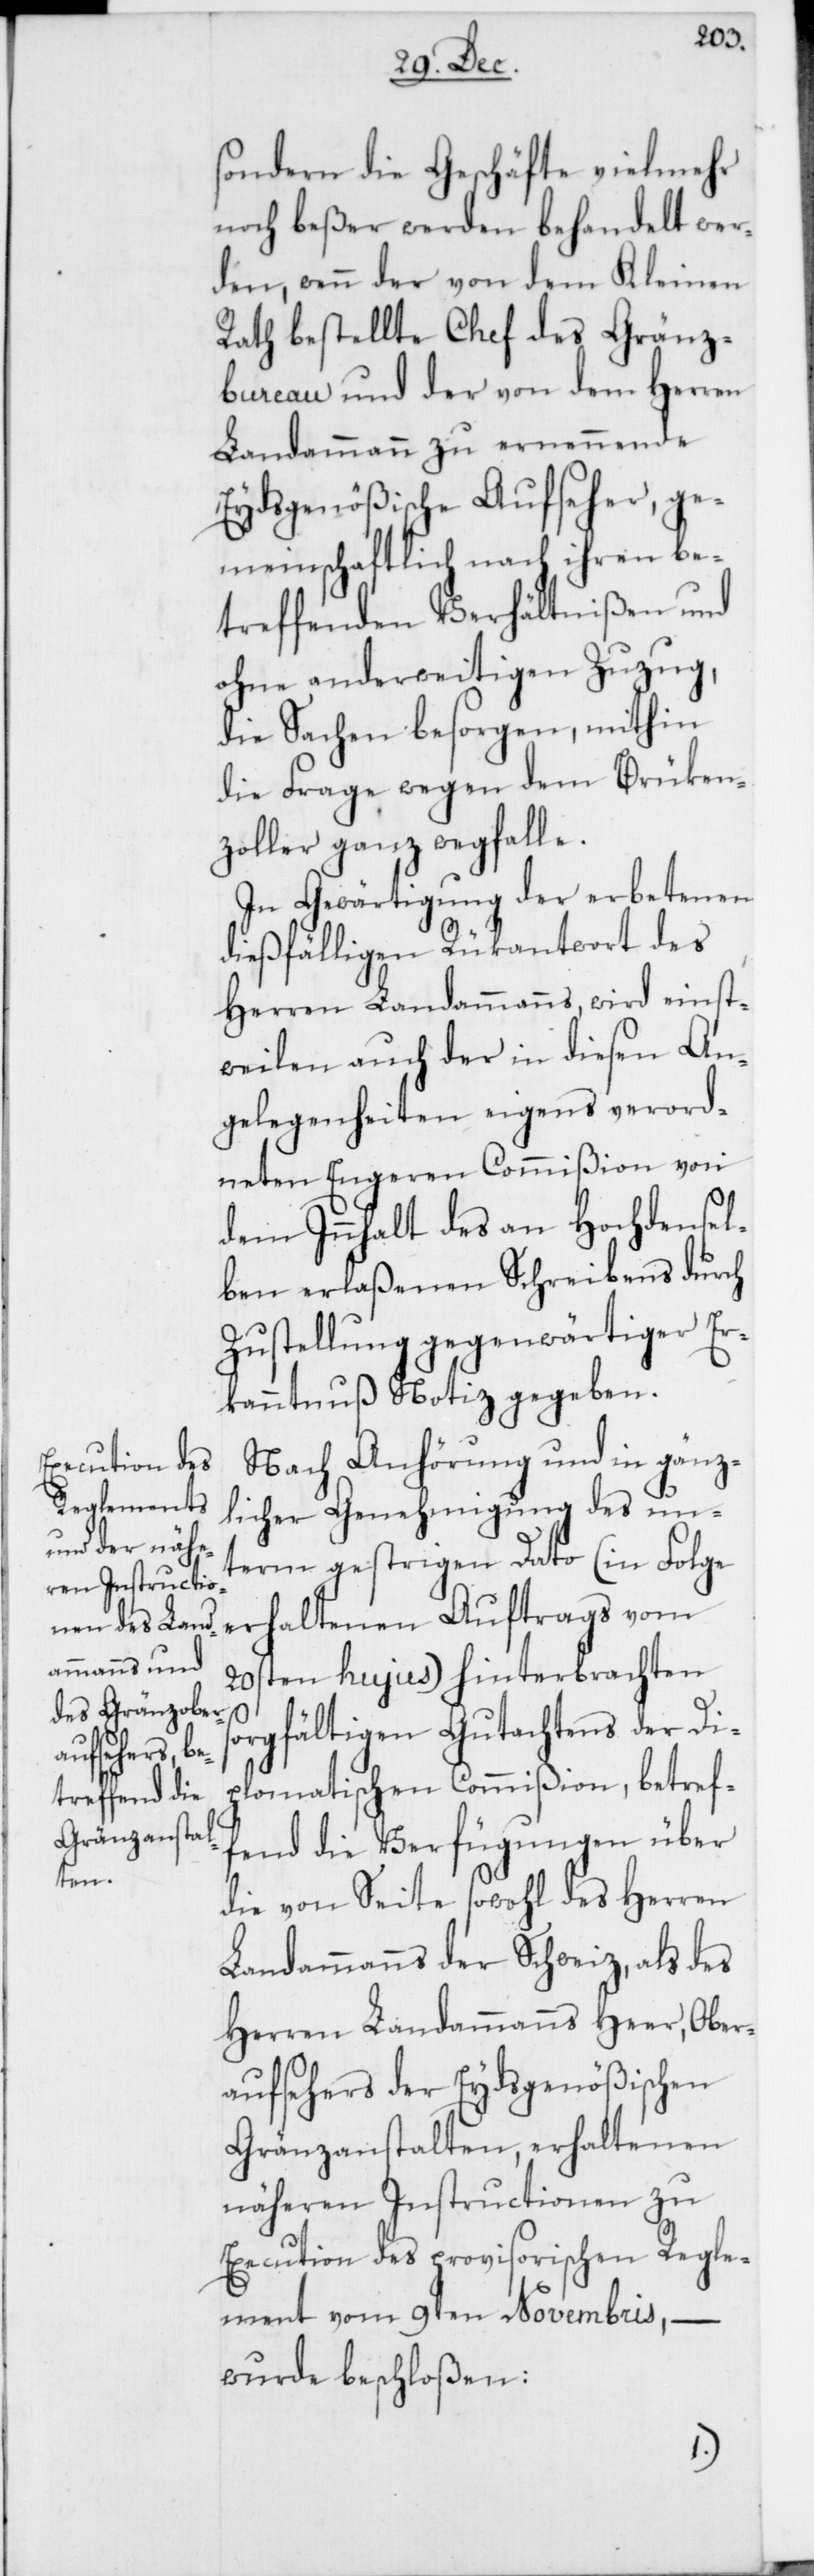
sondern die Geschäfte vielmehr
noch beßer werden behandelt wer¬
den, wenn der von dem Kleinen
Rath bestellte Chef des Gränz¬
bureau und der von dem Herren
Landammann zu ernennende
Eydsgenößische Aufseher, ge¬
meinschaftlich nach ihren be¬
treffenden Verhältnißen und
ohne anderweitigen Zuzug,
die Sachen besorgen, mithin
die Frage wegen dem Brücken¬
zoller ganz wegfalle.
In Gewärtigung der erbetenen
dießfälligen Rükantwort des
Herren Landammanns, wird einst¬
weilen auch der in diesen An¬
gelegenheiten eigens verord¬
neten Engeren Commißion von
dem Innhalt des an Hochdensel¬
ben erlaßenen Schreibens durch
Zustellung gegenwärtiger Er¬
kanntnuß Notiz gegeben.
Nach Anhörung und in gänz¬
licher Genehmigung des un¬
term gestrigen Dato (in Folge
erhaltenen Auftrags vom
20sten hujus) hinterbrachten
sorgfältigen Gutachtens der Di¬
plomatischen Commißion, betref¬
fend die Verfügungen über
die von Seite sowohl des Herren
Landammanns der Schweiz, als des
Herren Landammanns Heer, Ober¬
aufsehers der Eydsgenößischen
Gränzanstalten, erhaltenen
näheren Instructionen zu
Execution des provisorischen Regle¬
ment vom 9ten Novembris, –
wurde beschloßen: